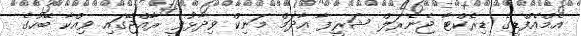
އެމްއެފްޑީގެ ޑިރެކްޓާ ޖެނެރަލް ޝަރީފާ އާދަމް މަނިކް ވިދާޅުވީ ރާއްޖޭގައި ވިއްކާ ބޭހުގެ